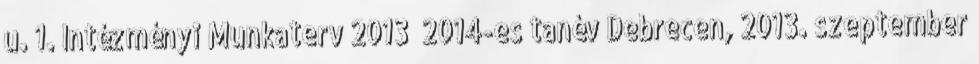
u. 1. Intézményi Munkaterv 2013 2014-es tanév Debrecen, 2013. szeptember